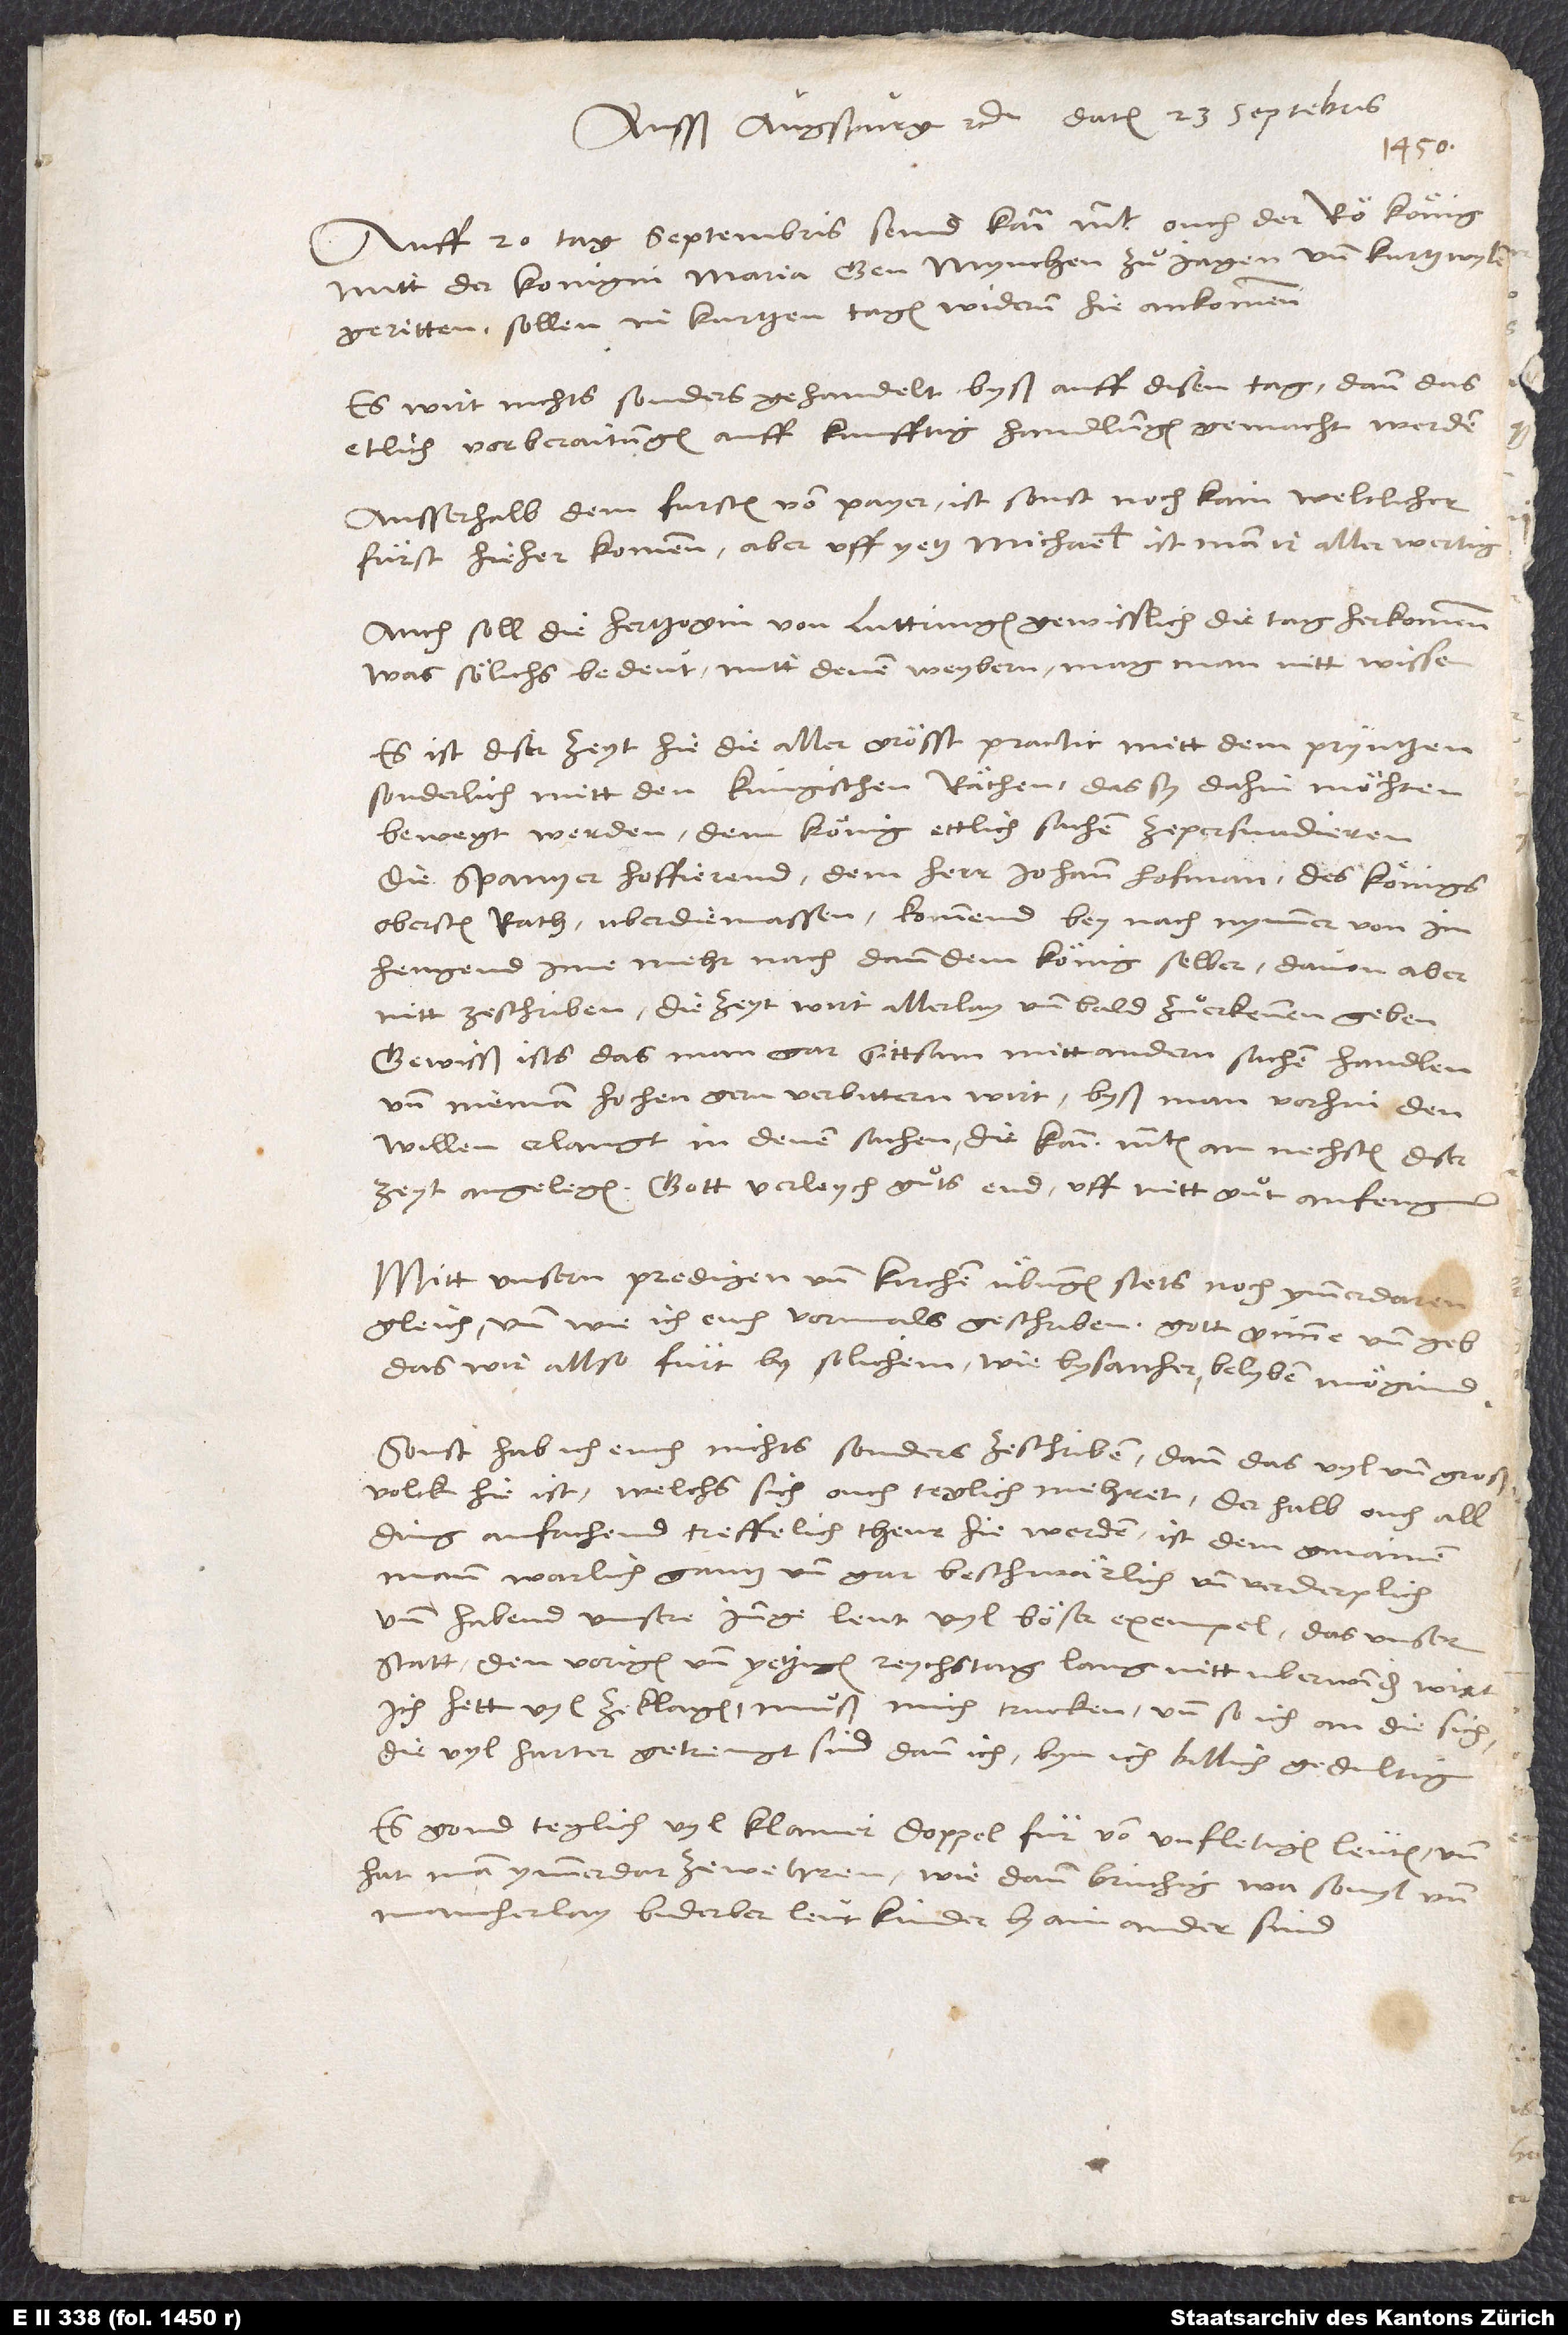
Ausß Augspurg, etc., datum 23. septembris:
Auff 20. tag septembris seind kait, ouch der römische könig
mitt der konigin Maria gen Mynchen zuͦ jagen und kurtzwylen
geritten. Sollen in kurtzen tagen widerum hie ankommen.
Es wirt nichts sonders gehandelt byß auff disen tag, dann das
etlich vorberaitungen auff kunfftig handlungen gemacht werden.
Ausserhalb dem fursten von Payer ist sonst noch kain weltlicher
fuͤrst hieher kommen, aber uff yetz Michaelis ist man ir aller wertig.
Auch soll die hertzogin von Luttringen gewisslich die tag herkommen.
Was sölichs bedeut mitt denen weybern, mag man nitt wissen.
Es ist diser zeyt hie die allergrösst practic mit dem pryntzen,
sonderlich mitt den küngischen räthen, das sy dahin möchten
bewegt werden, dem könig ettlich sachen ze persuadieren.
Die Spanyer hoffierend dem herr Johann Hofman, des königs
obersten rath, uber die massen. Kommend beynach nymmer von im.
Hengend ime mehr nach dann dem könig selber; davon aber
nitt ze schriben. Die zeyt wirt allerlay und bald zuͦ erkennen geben.
Gewisß ists, das man gar sittsam mitt andern sachen handlen
und nieman hochen gern verbittern wirt, byß man vorhin den
willen erlangt in denen sachen, die kai. mten am nechsten diser
zeyt angelegen. Gott verleych guͦts end uff nitt guͦt anfeng!
Mitt unsern predigen und kirchenuͤbungen stets noch ymmerdaren
gleich, und wie ich euch vormals geschriben. Gott günne und geb,
das wir allso furt by solichem wie bisanher belyben mögind!
Sonst hab ich euch nichts sonders ze schriben, dann das vyl und groß
volck hie ist, welchs sich ouch teglich mehret, derhalb ouch all
ding anfachend treffelich theur hie werden. Ist dem gmainen
mann warlich gantz und gar beschwärlich und verderplich.
Und habend unsere junge leut vyl böser exempel, das unser
statt den vorigen und yetzigen reychstag lang nitt uberwinden wirt.
Ich hett vyl ze klagen. Muͦß mich trucken, und so ich an die sich,
die vyl herter getrengt sind dann ich, byn ich billich gedultig.
Es gond teglich vyl klainer doppel fuͤr von unfletigen leuten. Und
hat man ymmerdar ze wehren, wie dann brüchig, wa so vyl und
mancherlay biderber leut kinder by ainander sind.